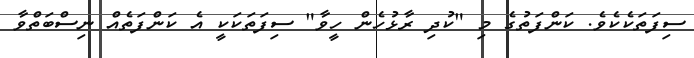
ސިފަތަކެކެވެ. ކަންފަތުގެ މި "ކުދި ރާޅުހެން ހީވާ" ސިފަތަކަކީ އެ ކަންފަތެއް ނިސްބަތްވާ